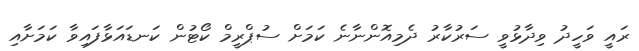
ރައީ ވަހީދު ވިދާޅުވީ ސަރުކާރު ދެމިއޮންނާނެ ކަމަށް ސުޕްރީމް ކޯޓުން ކަނޑައަޅާފައިވާ ކަމަށާއި